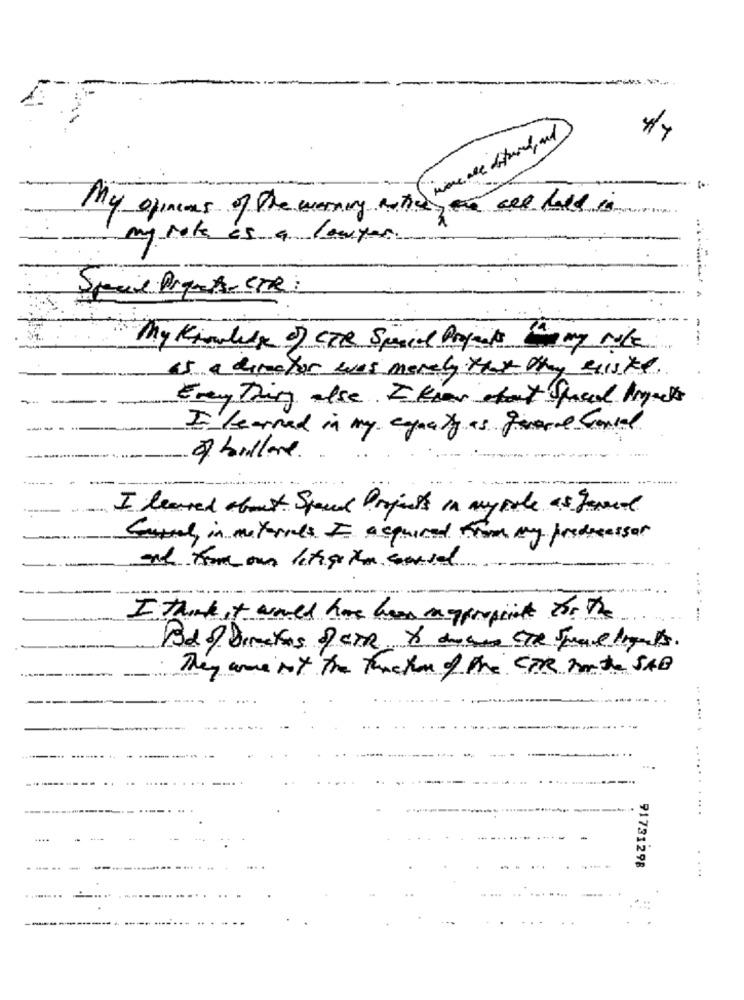
My opinions of the evernery ax move all dithered, and
my rok is a lawyer
Speil Piqus-STR :
---
My Knowledge of CER Special Projects 120 my role
45 a diretor was merely that they existe.
Everything alse. Iknew about Squad Angels
I learned in my equaly as general bondad
of bullone.
I learned almost Spend Projects in myrole as Jeneal
Geral, in meteries I acquired from my predecessor
I think it would have has mypropint or the
Bdof Domates DETR & duces STR Space ligas.
They were not the truchon of the CPR Don to SAD
..... .
91731298
. ..
.......